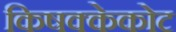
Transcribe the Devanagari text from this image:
किषक्केकोट